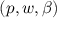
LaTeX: ( p , w , \beta )